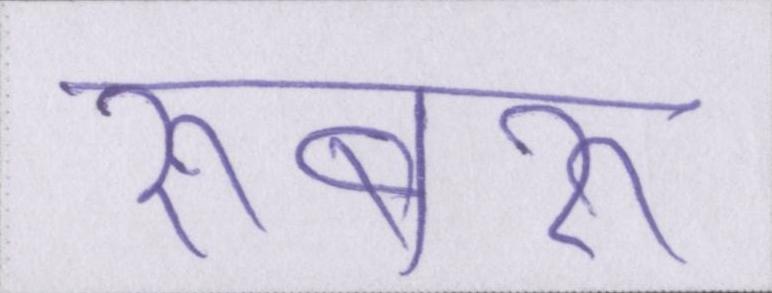
रूबरू